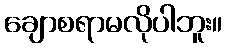
ချောစရာမလိုပါဘူး။